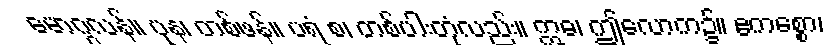
မောဂ္ဂလန်။ ပုန၊ တစ်ဖန်။ ပရံ စ၊ တစ်ပါးတုံလည်း။ ဣဓ၊ ဤလောက၌။ ဧကစ္စော၊